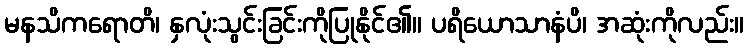
မနသိကရောတိ၊ နှလုံးသွင်းခြင်းကိုပြုနိုင်၏။ ပရိယောသာနံပိ၊ အဆုံးကိုလည်း။